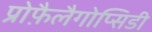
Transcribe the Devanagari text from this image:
प्रोफ़ैलैगोप्सिडी